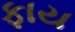
ફાય